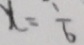
x = \frac { 1 } { 6 }